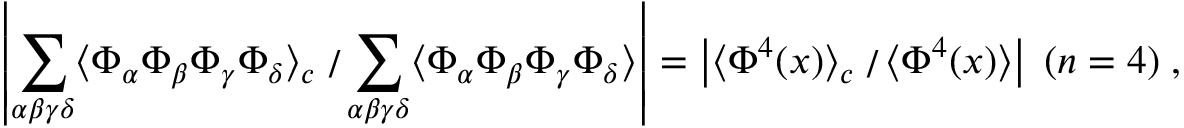
\left| \sum _ { \alpha \beta \gamma \delta } \langle \Phi _ { \alpha } \Phi _ { \beta } \Phi _ { \gamma } \Phi _ { \delta } \rangle _ { c } \left. \right/ \sum _ { \alpha \beta \gamma \delta } \langle \Phi _ { \alpha } \Phi _ { \beta } \Phi _ { \gamma } \Phi _ { \delta } \rangle \right| = \left| \langle \Phi ^ { 4 } ( x ) \rangle _ { c } \left. \right/ \langle \Phi ^ { 4 } ( x ) \rangle \right| \; ( n = 4 ) \; ,